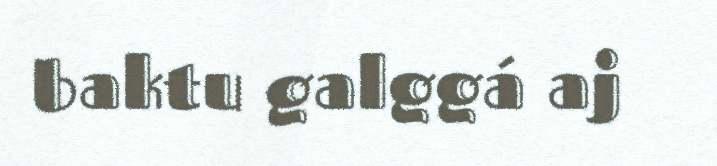
baktu galggá aj